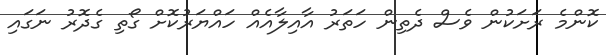
ކޮންމެ ރަށަކުން ވެސް ދެތިން ހަތަރު އާއިލާއެއް ހައްޔަރުކޮށް ގޯތި ގެދޮރު ނަގައި